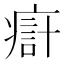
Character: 㾵